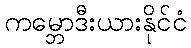
ကမ္ဘောဒီးယားနိုင်ငံ